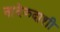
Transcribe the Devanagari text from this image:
नादेझ्दाशी